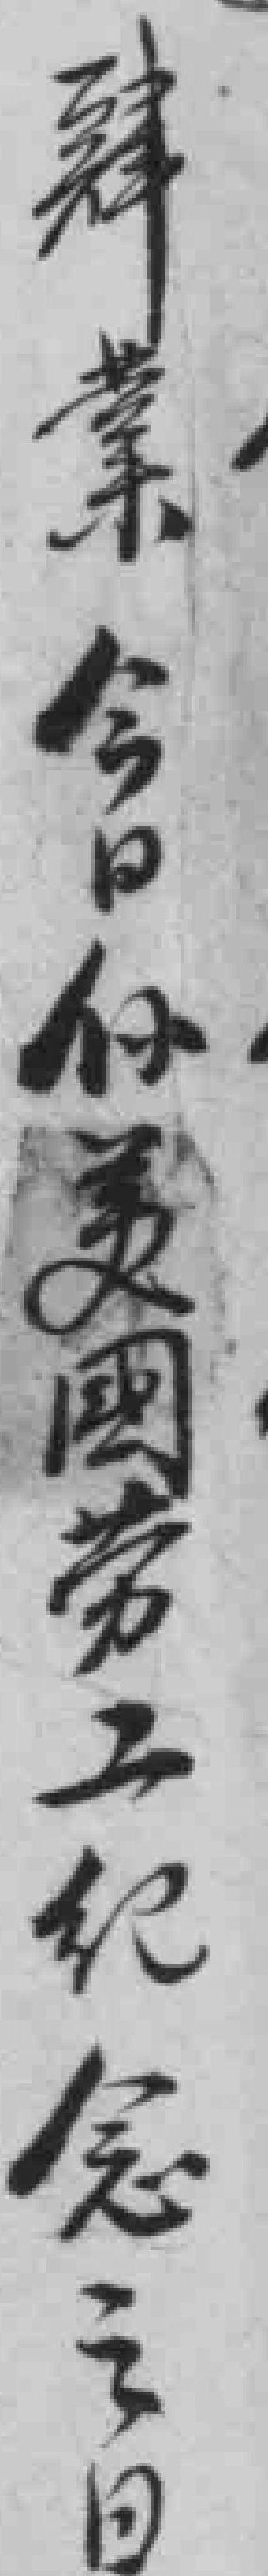
肄业今日为美国劳工纪念之日